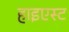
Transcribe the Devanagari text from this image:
हाइएस्ट